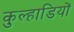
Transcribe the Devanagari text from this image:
कुल्हाडियों